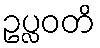
ဥပ္လဝတိ